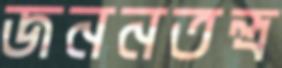
জননতন্ত্র